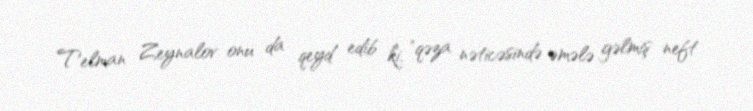
Telman Zeynalov onu da qeyd edib ki, "qəza nəticəsində əmələ gəlmiş neft